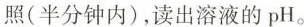
照(半分钟内}，读出溶液的pH。